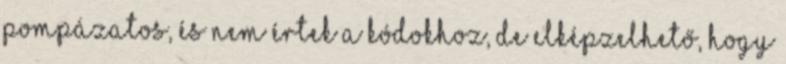
pompázatos, és nem értek a kódokhoz, de elképzelhető, hogy